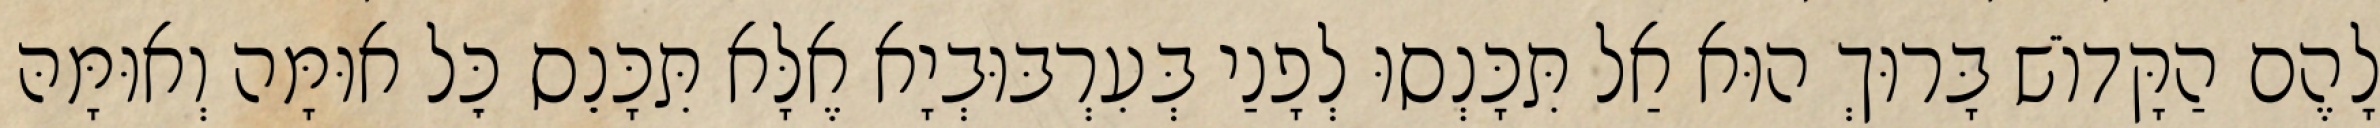
לָהֶם הַקָּדוֹשׁ בָּרוּךְ הוּא אַל תִּכָּנְסוּ לְפָנַי בְּעִרְבּוּבְיָא אֶלָּא תִּכָּנֵס כׇּל אוּמָּה וְאוּמָּהּ